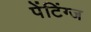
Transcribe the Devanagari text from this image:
पेंटिंग्ज